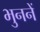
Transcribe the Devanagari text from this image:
भुननें